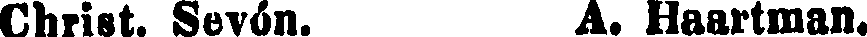
Christ. Sevón. A. Haartman.